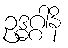
ဥဒ္ဓဂ္ဂါနိ